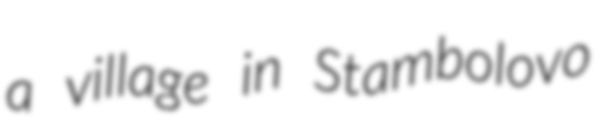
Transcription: a village in Stambolovo